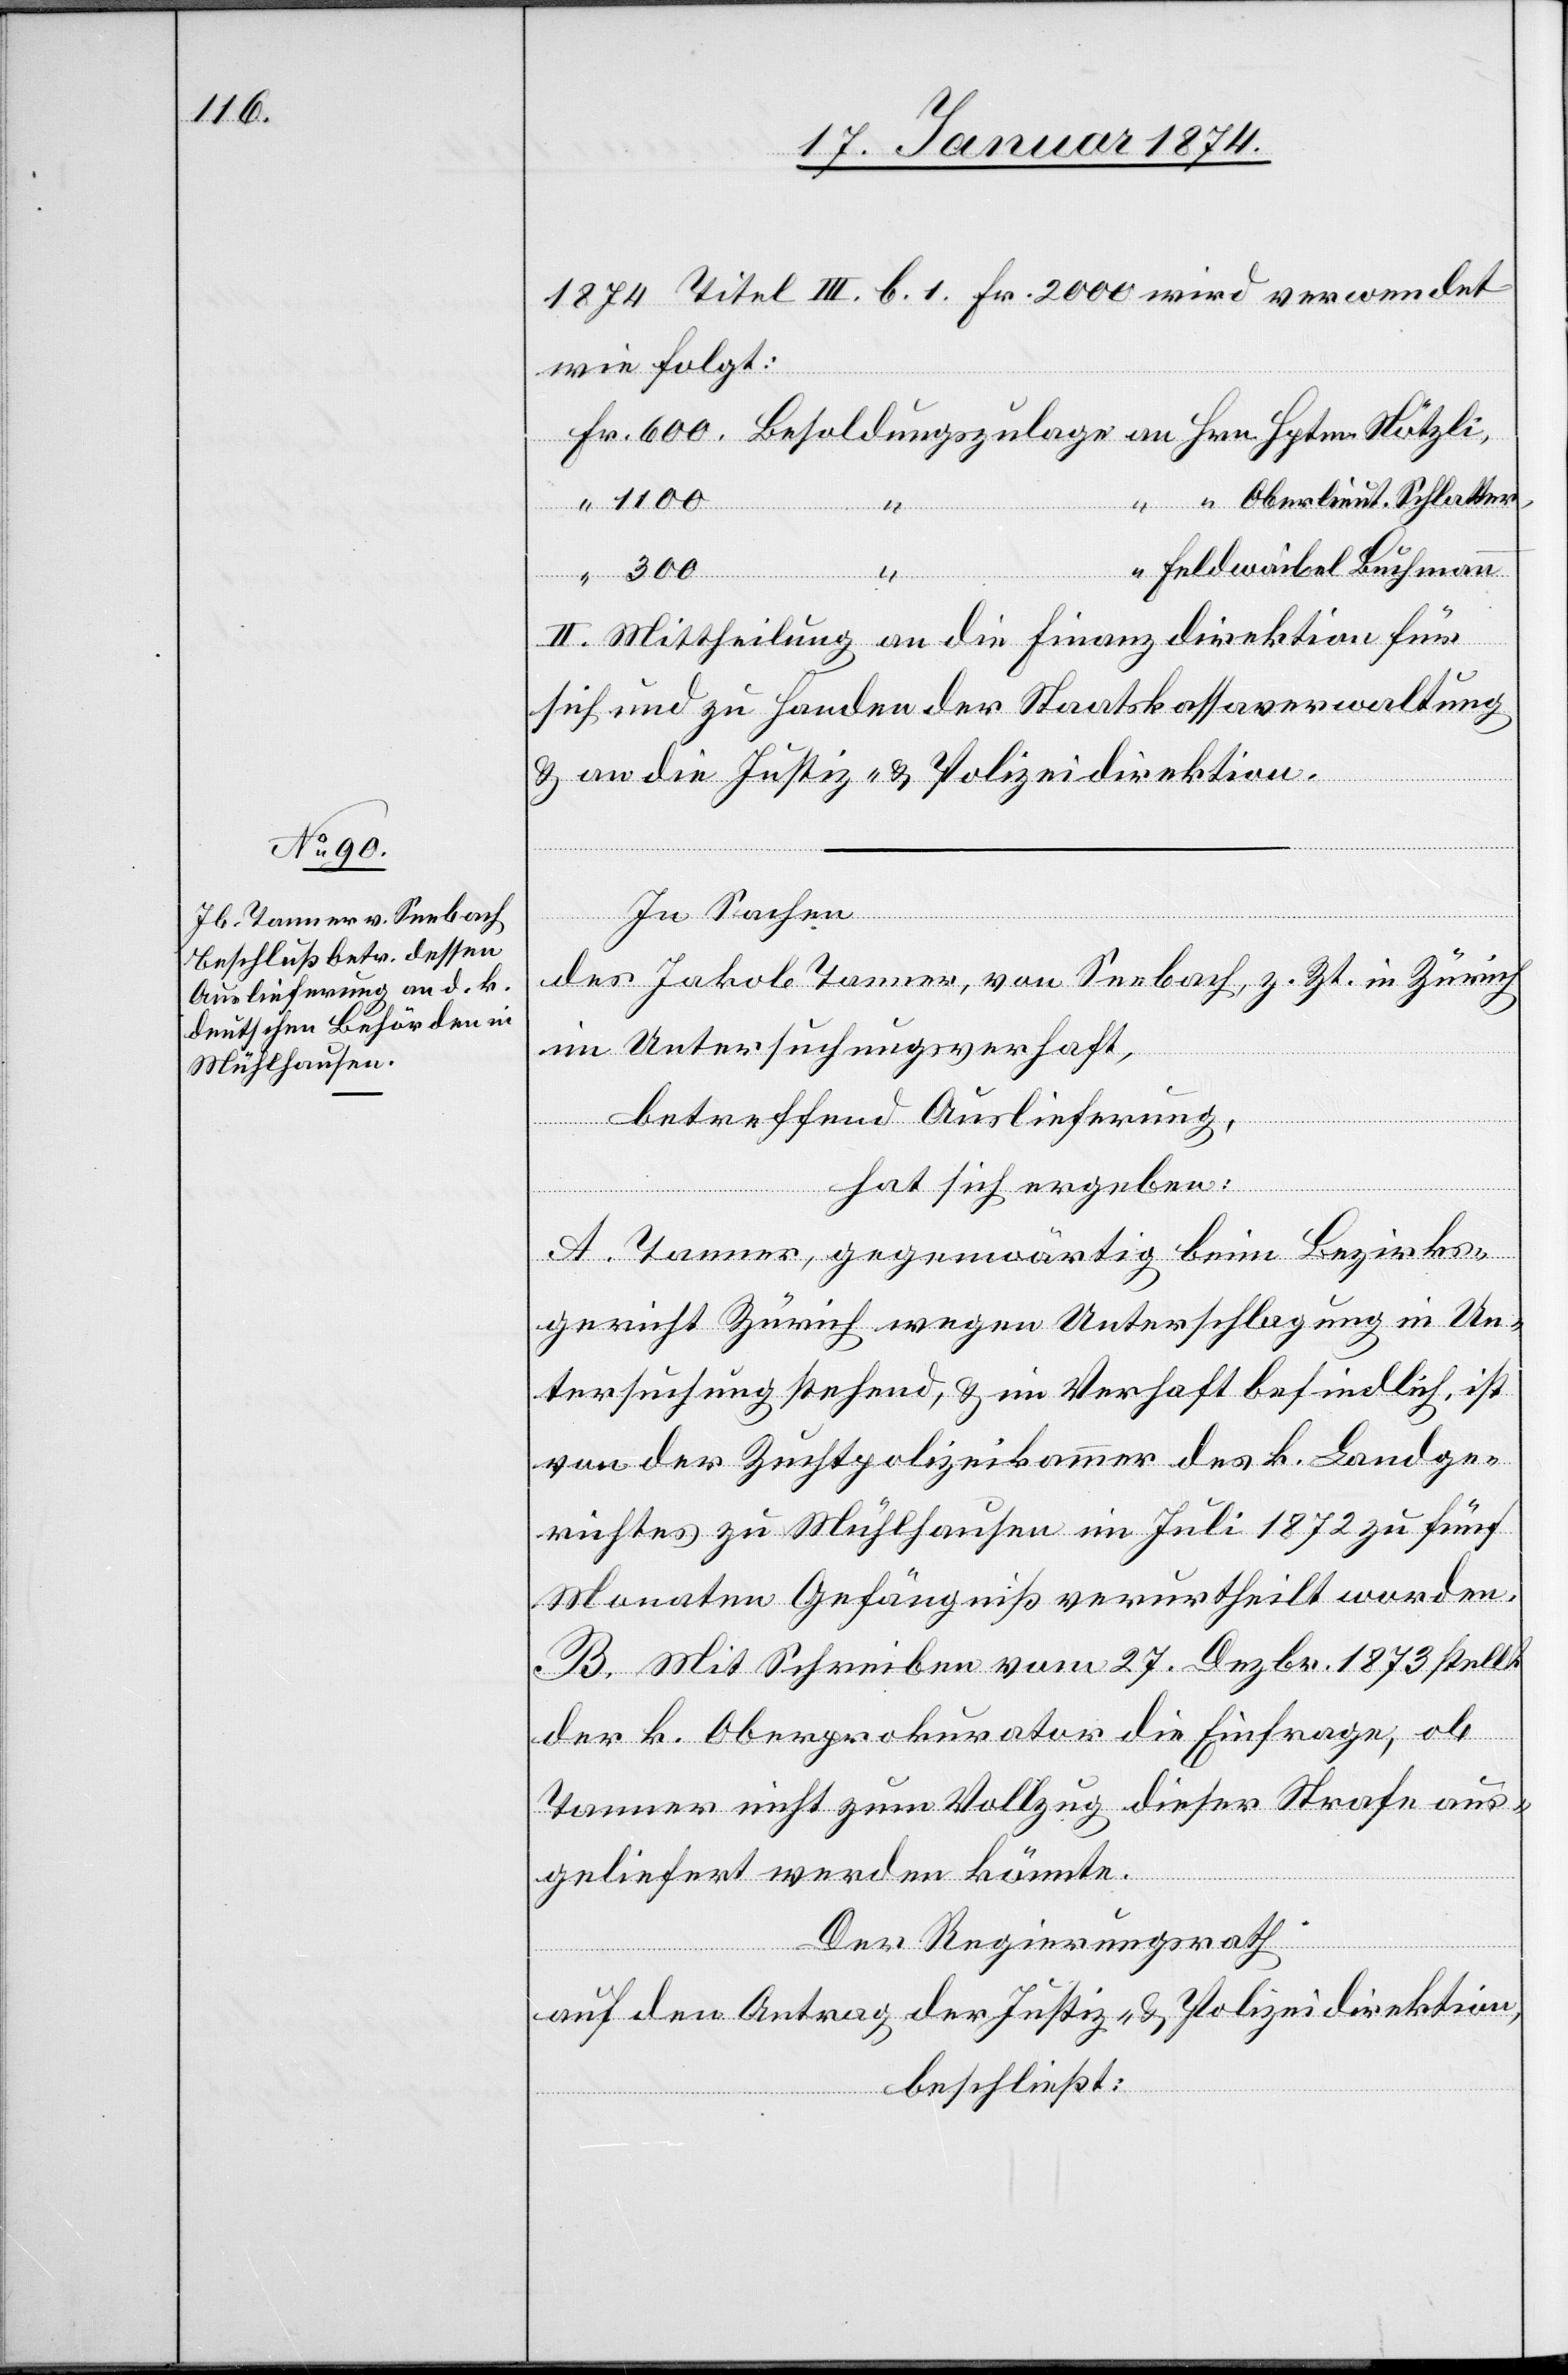
1874 Titel III. b. 1 Fr. 2000 wird verwendet
wie folgt:
Fr. 600. Besoldungszulage an Hrn. Hptm. Nötzli,
“ “ Oberlieut. Schlatter,
“ 1100
“ Feldwaibel Buhman
“ 300 “
II. Mittheilung an die Finanzdirektion für
sich und zu Handen der Staatskassaverwaltung
& an die Justiz- & Polizeidirektion.
In Sachen
des Jakob Tanner, von Seebach, z. Zt. in Zürich
im Untersuchungsverhaft,
betreffend Auslieferung,
hat sich ergeben:
A. Tanner, gegenwärtig beim Bezirks¬
gericht Zürich wegen Unterschlagung in Un¬
tersuchung stehend, & im Verhaft befindlich, ist
nun der Zuchtpolizeikammer des k. Landge¬
richtes zu Mühlhausen im Juli 1872 zu fünf
Monaten Gefängniß verurtheilt worden.
B. Mit Schreiben vom 27. Dezbr. 1873 stellt
der k. Oberprokurator die Einfrage, ob
Tanner nicht zum Vollzug dieser Strafe aus¬
geliefert werden könnte.
Der Regierungsrath,
auf den Antrag der Justiz- & Polizeidirektion,
beschließt: